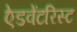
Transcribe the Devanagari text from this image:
ऐडवेंटरिस्ट